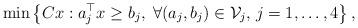
LaTeX: \begin{align*}\min \left\{ Cx:a_{j}^{\top }x\geq b_{j},\;\forall(a_{j},b_{j})\in \mathcal{V}_{j},\,j=1,\ldots ,4\right\} , \end{align*}